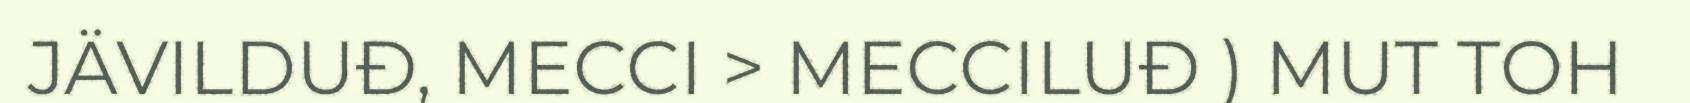
JÄVILDUĐ, MECCI > MECCILUĐ ) MUT TOH